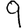
Digit: 9